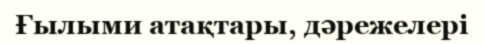
Ғылыми атақтары, дәрежелері